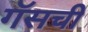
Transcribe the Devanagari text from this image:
गॅसची